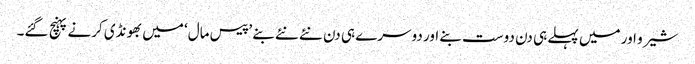
شیرو اور میں پہلے ہی دن دوست بنے اور دوسرے ہی دن نئے نئے بنے ’پیس مال‘ میں بھونڈی کرنے پہنچ گئے۔